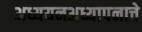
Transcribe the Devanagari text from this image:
अध्ययनअध्यापनाचे